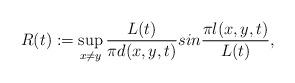
LaTeX: \begin{align*}R(t) :=\sup_{x\neq y} \frac{L(t)}{\pi d(x,y,t)}sin\frac{\pi l(x,y,t)}{L(t)},\end{align*}